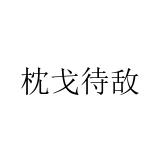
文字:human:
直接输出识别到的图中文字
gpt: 枕戈待敌